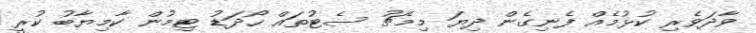
ވާދަވެރި ކުޅުމެއް ފެނިގެން ދިޔަ މިމެޗު ސެޓުތައް ހޯދަޑު ޓިމުން ކާމިޔާބު ކުރީ